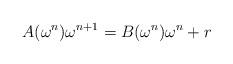
LaTeX: \begin{align*} A(\omega^{n})\omega^{n+1}=B(\omega^{n})\omega^{n}+r \end{align*}